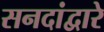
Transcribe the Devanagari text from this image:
सनदांद्वारे